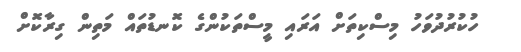
ހުކުރުދުވަހު މިސްކިތަށް އަރައި މީސްތަކުންގެ ކޮނޑުތައް މަތިން ގިރާކޮށް